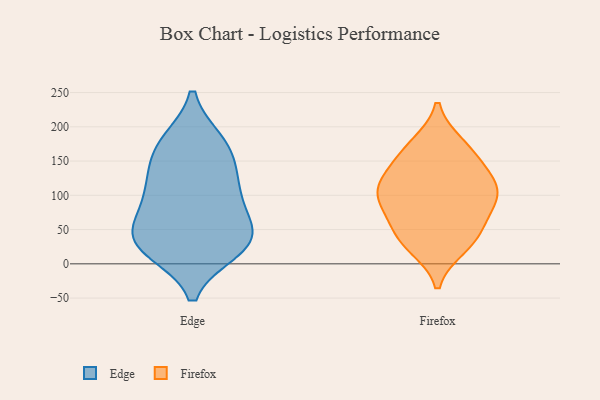
{"axis": {"x": "Churn Rate (%)", "y": "Value"}, "legend": ["Edge", "Firefox"], "data": [{"x": "", "y": 171, "type": "Edge"}, {"x": "", "y": 100, "type": "Edge"}, {"x": "", "y": 121, "type": "Edge"}, {"x": "", "y": 177, "type": "Edge"}, {"x": "", "y": 30, "type": "Edge"}, {"x": "", "y": 121, "type": "Edge"}, {"x": "", "y": 29, "type": "Edge"}, {"x": "", "y": 21, "type": "Edge"}, {"x": "", "y": 167, "type": "Edge"}, {"x": "", "y": 51, "type": "Edge"}, {"x": "", "y": 48, "type": "Edge"}, {"x": "", "y": 84, "type": "Edge"}, {"x": "", "y": 28, "type": "Edge"}, {"x": "", "y": 85, "type": "Firefox"}, {"x": "", "y": 51, "type": "Firefox"}, {"x": "", "y": 101, "type": "Firefox"}, {"x": "", "y": 169, "type": "Firefox"}, {"x": "", "y": 129, "type": "Firefox"}, {"x": "", "y": 30, "type": "Firefox"}, {"x": "", "y": 25, "type": "Firefox"}, {"x": "", "y": 152, "type": "Firefox"}, {"x": "", "y": 174, "type": "Firefox"}, {"x": "", "y": 46, "type": "Firefox"}, {"x": "", "y": 115, "type": "Firefox"}, {"x": "", "y": 99, "type": "Firefox"}, {"x": "", "y": 84, "type": "Firefox"}, {"x": "", "y": 119, "type": "Firefox"}]}